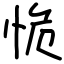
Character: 恑